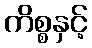
ကိစ္စနှင့်